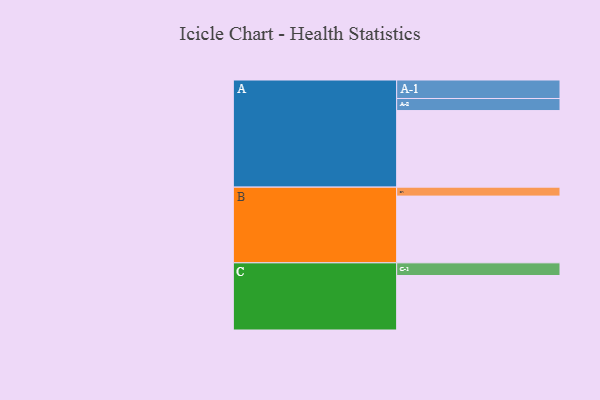
{"axis": {"x": "Segment", "y": "Value"}, "legend": ["", "A", "B", "C"], "data": [{"x": "A", "y": 538, "type": ""}, {"x": "B", "y": 469, "type": ""}, {"x": "C", "y": 383, "type": ""}, {"x": "A-1", "y": 130, "type": "A"}, {"x": "A-2", "y": 85, "type": "A"}, {"x": "B-1", "y": 63, "type": "B"}, {"x": "C-1", "y": 89, "type": "C"}]}